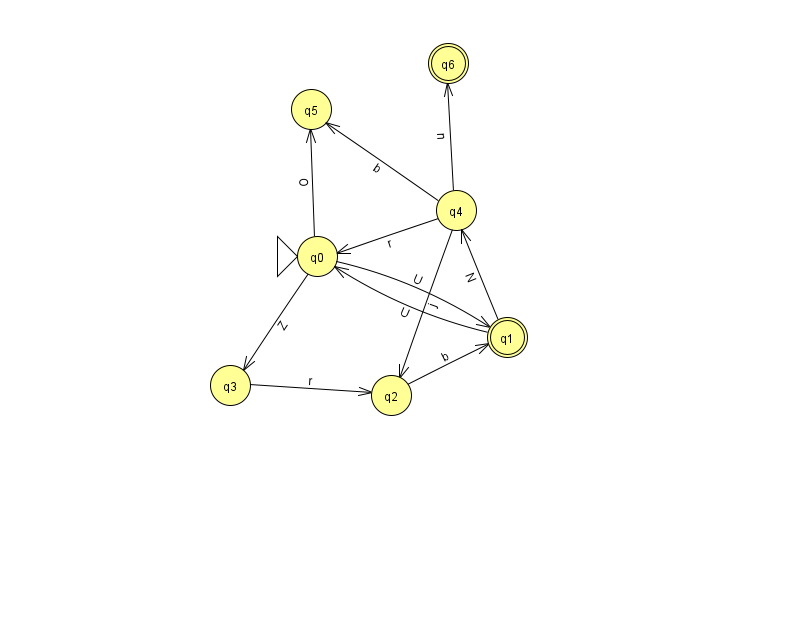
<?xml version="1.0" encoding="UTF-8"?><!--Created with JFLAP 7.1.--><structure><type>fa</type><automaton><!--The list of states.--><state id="0" name="q0"><x>317.0</x><y>243.0</y><initial/></state><state id="1" name="q1"><x>507.0</x><y>324.0</y><final/></state><state id="2" name="q2"><x>391.0</x><y>382.0</y></state><state id="3" name="q3"><x>230.0</x><y>372.0</y></state><state id="4" name="q4"><x>456.0</x><y>197.0</y></state><state id="5" name="q5"><x>311.0</x><y>96.0</y></state><state id="6" name="q6"><x>448.0</x><y>50.0</y><final/></state><!--The list of transitions.--><transition><from>0</from><to>1</to><read>U</read></transition><transition><from>1</from><to>0</to><read>U</read></transition><transition><from>0</from><to>5</to><read>O</read></transition><transition><from>1</from><to>4</to><read>N</read></transition><transition><from>4</from><to>5</to><read>b</read></transition><transition><from>4</from><to>2</to><read>j</read></transition><transition><from>4</from><to>0</to><read>r</read></transition><transition><from>4</from><to>6</to><read>n</read></transition><transition><from>3</from><to>2</to><read>r</read></transition><transition><from>2</from><to>1</to><read>b</read></transition><transition><from>0</from><to>3</to><read>Z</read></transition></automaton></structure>